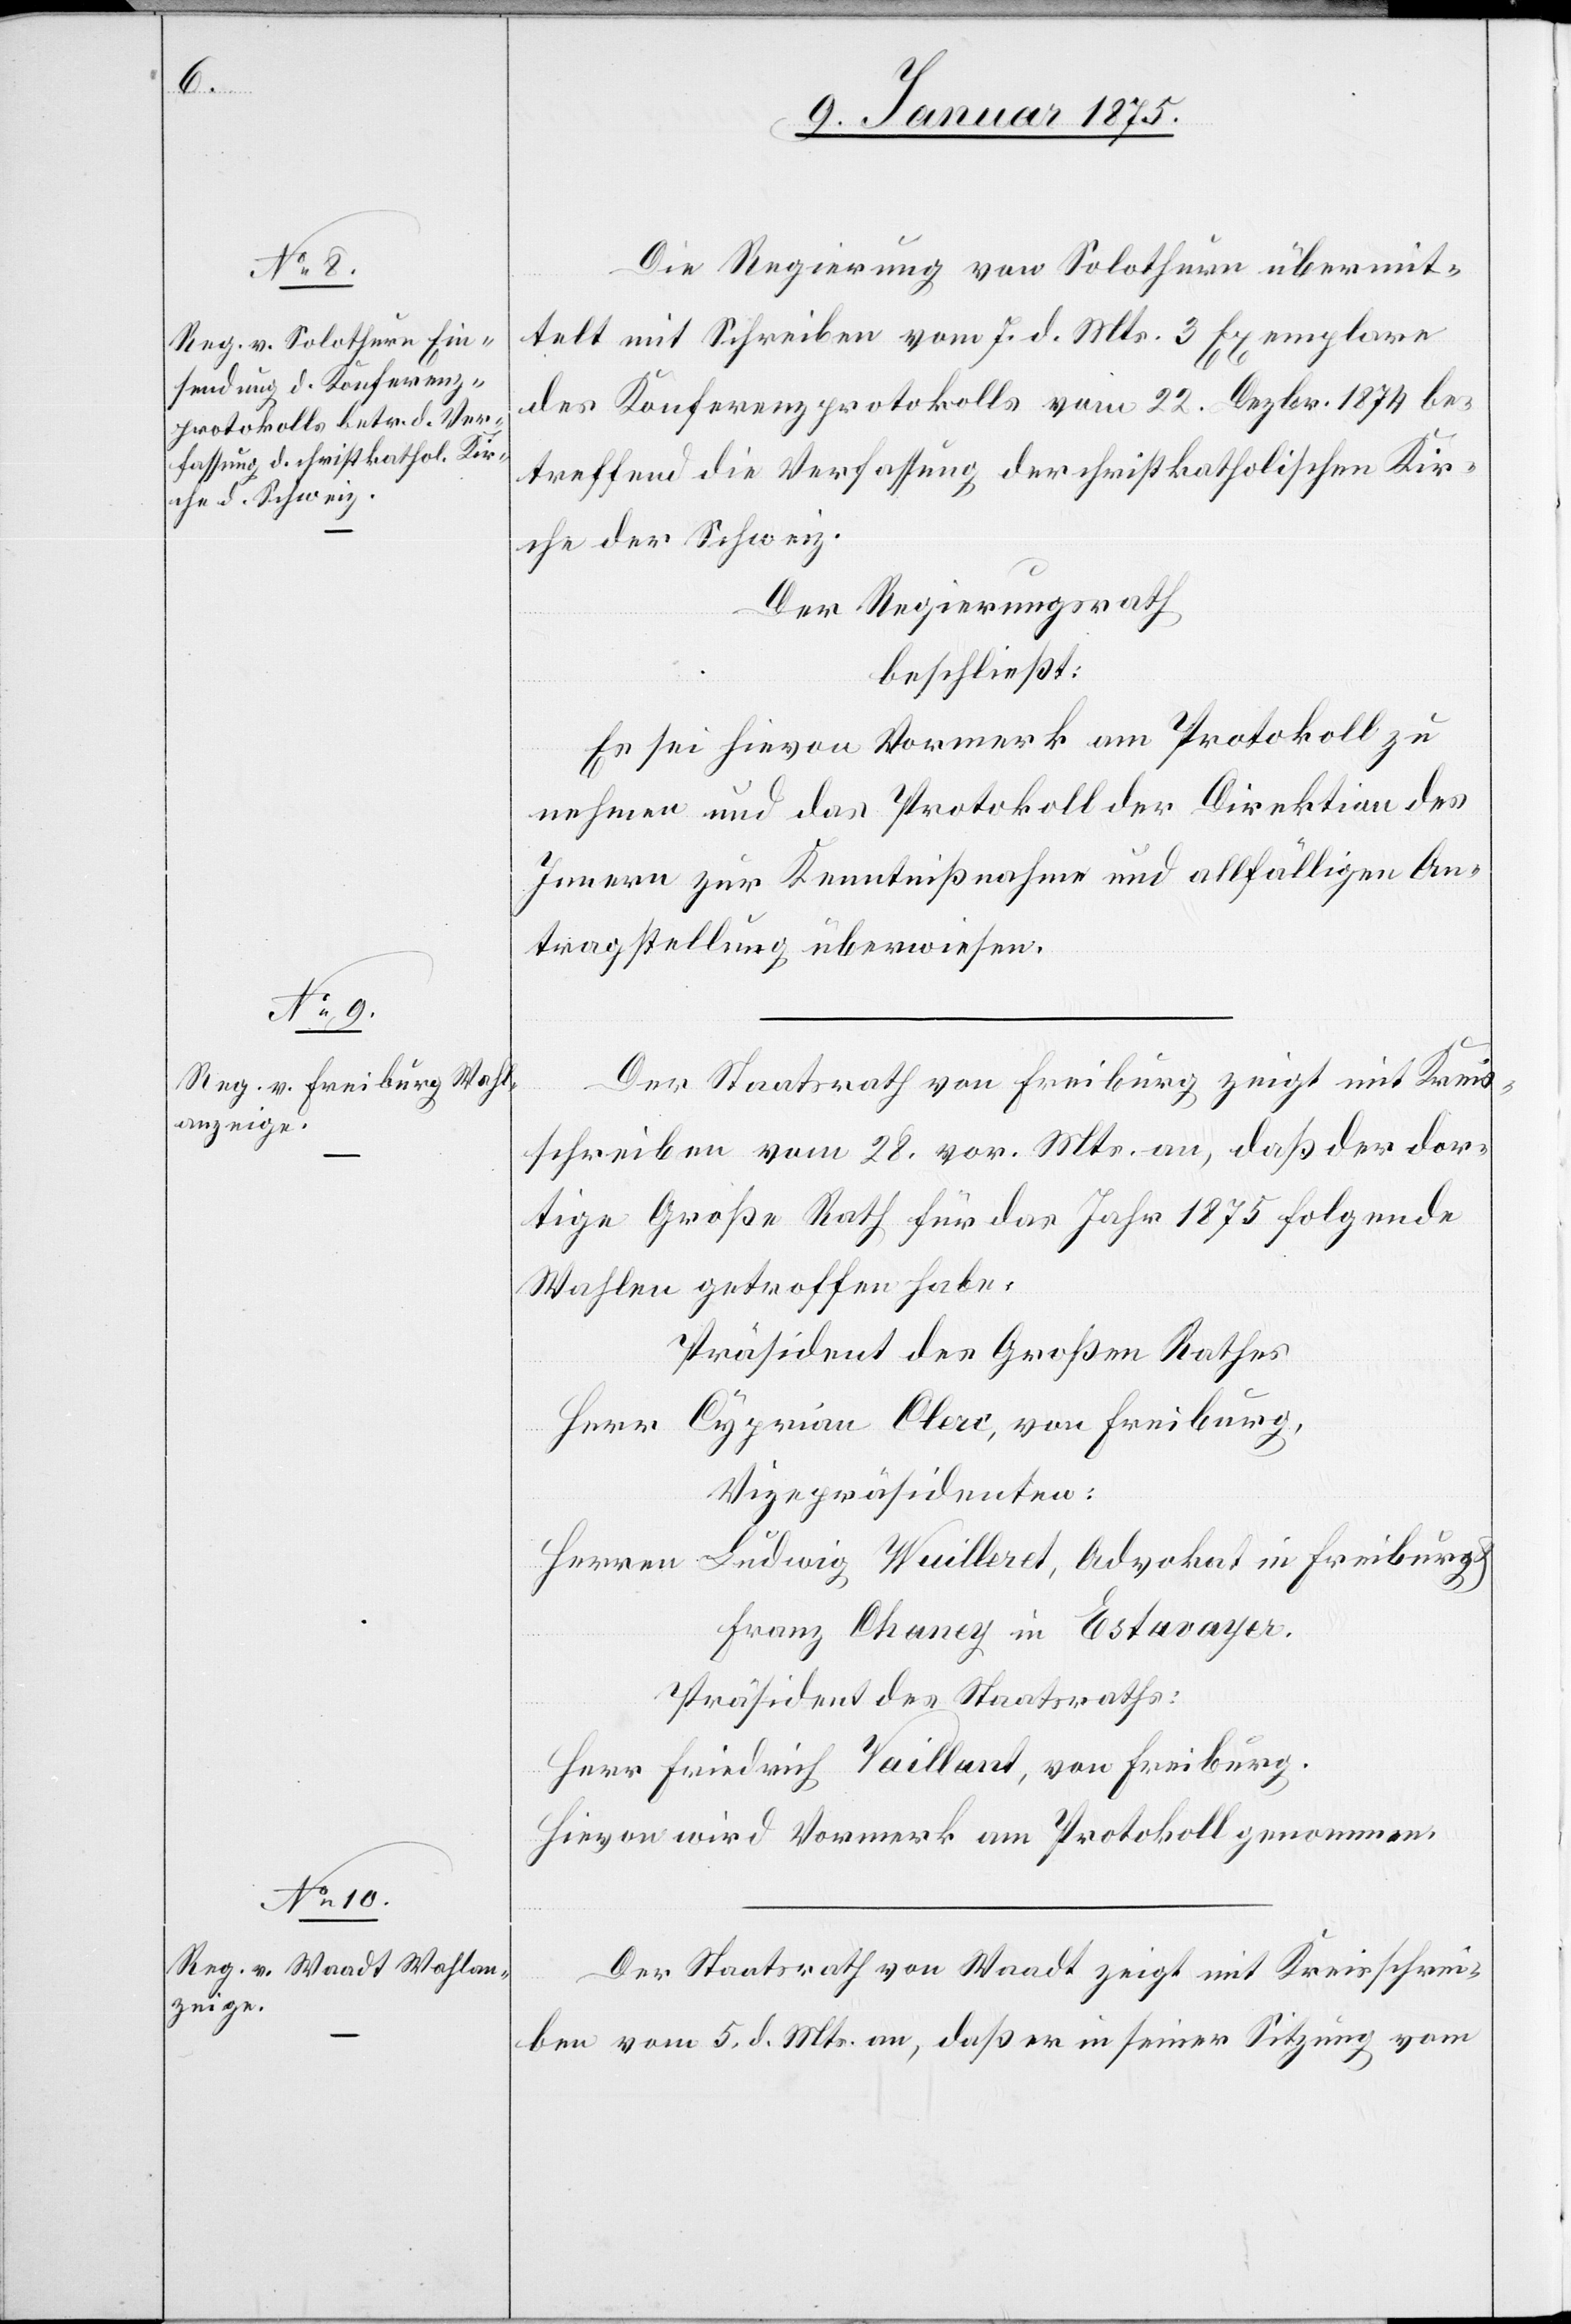
Die Regierung von Solothurn übermit¬
telt mit Schreiben vom 7. d. Mts. 3 Exemplare
des Konferenzprotokolls vom 22. Dezbr. 1874 be¬
treffend die Verfassung der christkatholischen Kir¬
che der Schweiz.
Der Regierungsrath
beschließt:
Es sei hievon Vormerk am Protokoll zu
nehmen und das Protokoll der Direktion des
Innern zur Kenntnißnahme und allfälligen An¬
tragstellung überwiesen.
Der Staatsrath von Freiburg zeigt mit Kreis¬
schreiben vom 28. vor. Mts. an, daß der dor¬
tige Große Rath für das Jahr 1875 folgende
Wahlen getroffen habe.
Präsident des Großen Rathes
Herr Cyprian Cleri, von Freiburg,
Vizepräsidenten:
Herren Ludwig Wuilleret, Advokat in Freiburg
Franz Chancy in Estavayer.
Präsident des Staatsraths:
Herr Friedrich Vaillant, von Freiburg.
Hievon wird Vormerk am Protokoll genommen.
Der Staatsrath Waadt zeigt mit Kreisschrei¬
ben vom 5. d. Mts. an, daß er in seiner Sitzung vom